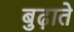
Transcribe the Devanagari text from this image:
बुढ़ाते